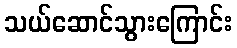
သယ်ဆောင်သွားကြောင်း